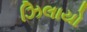
ઝિલાયો